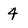
Character: 4